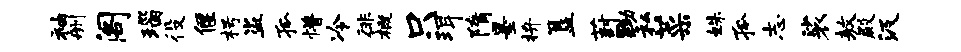
袖删阁瑙役偃枵盗孤懵冷徘概只珥隋墨拚簋葑黝私菜姝孤志裟敖殿汲